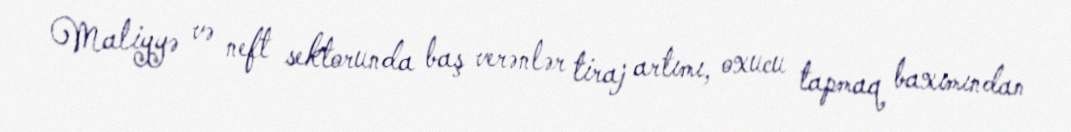
Maliyyə və neft sektorunda baş verənlər tiraj artımı, oxucu tapmaq baxımından